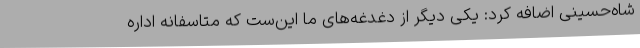
شاه‌حسینی اضافه کرد: یکی دیگر از دغدغه‌های ما این‌ست که متاسفانه اداره